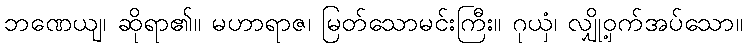
ဘဏေယျ၊ ဆိုရာ၏။ မဟာရာဇ၊ မြတ်သောမင်းကြီး။ ဂုယှံ၊ လျှို့ဝှက်အပ်သော။